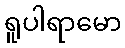
ရူပါရာမော